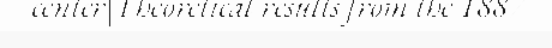
center|Theoretical results from the 1887